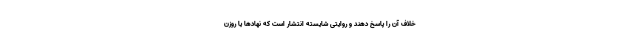
خلاف آن را پاسخ دهند و روایتی شایسته انتشار است که نهادها یا روزن